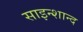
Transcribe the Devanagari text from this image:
साइन्शान्द